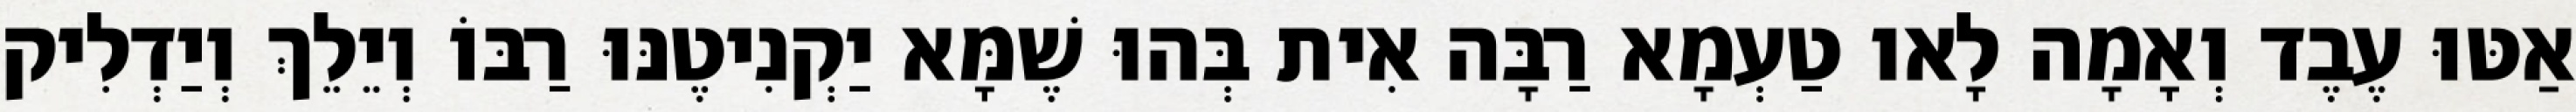
אַטּוּ עֶבֶד וְאָמָה לָאו טַעְמָא רַבָּה אִית בְּהוּ שֶׁמָּא יַקְנִיטֶנּוּ רַבּוֹ וְיֵלֵךְ וְיַדְלִיק